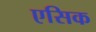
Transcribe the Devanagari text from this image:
एसिक